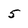
Character: 5